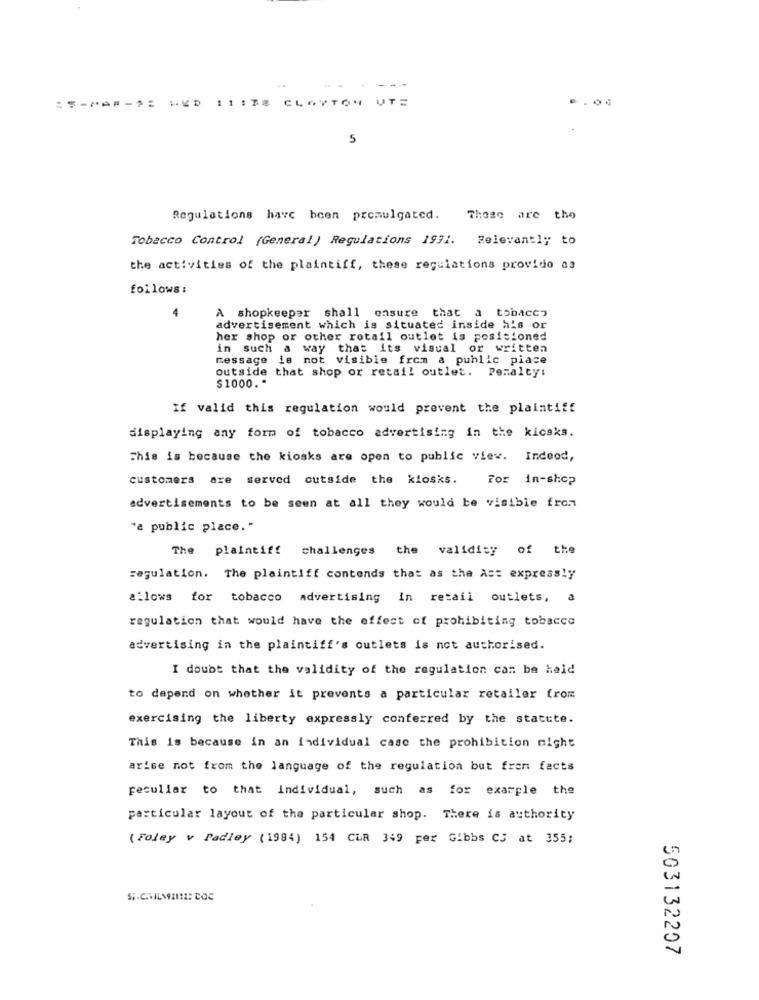
11 :38 CLAYTON UTE
5
Regulations have been promulgated.
These are the
Tobacco Control (General) Regulations 1991. Relevantly to
the activities of the plaintiff, these regulations provido as
follows:
a tobacco
A shopkeeper shall ensure that
advertisement which is situated inside his or
her shop or other retail outlet is positioned
in such a way that its visual or written
message is not visible from a public piace
outside that shop or retail outlet. Penalty:
$1000. "
If valid this regulation would prevent the plaintiff
displaying any form of tobacco advertising in the kicsks.
This is because the kiosks are open to public view. Indeod,
customers are served outside the kiosks.
For in-shop
advertisements to be seen at all they would be visible from
"a public place."
The plaintiff challenges the validity of the
regulation. The plaintiff contends that as the Ast expressly
allows for tobacco advertising in retail outlets, a
regulation that would have the effect of prohibiting tobacco
advertising in the plaintiff's outlets is not authorised.
I doubt that the validity of the regulation can be held
to depend on whether it prevents a particular retailer from
exercising the liberty expressly conferred by the statute.
This is because in an individual case the prohibition might
arise not from the language of the regulation but fren facts
peculiar to that individual, such as for example the
particular layout of the particular shop. There is authority
( Foley v Padley (1994) 154 CLR 349 per Gibbs CS at 355;
503132207